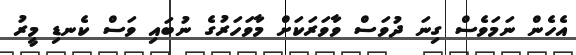
އެހެން ނަމަވެސް ގިނަ ދުވަސް ވާވަރަކަށް މާވަހަރުގެ ނުބައި ވަސް ކެނޑި މީރު